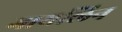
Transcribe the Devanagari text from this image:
गायलिन